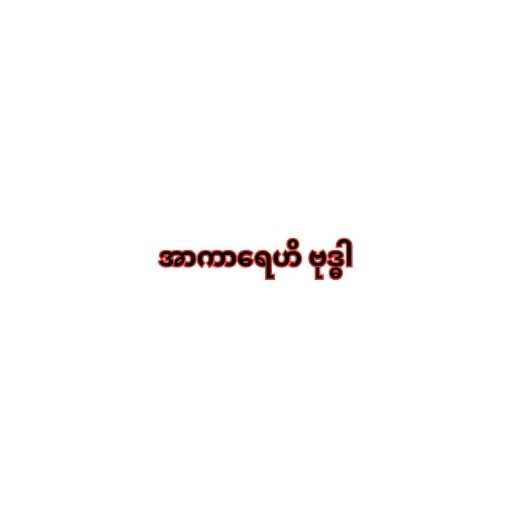
အာကာရေဟိ ဗုဒ္ဓါ